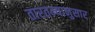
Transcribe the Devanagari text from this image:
तारतम्यानुसार